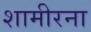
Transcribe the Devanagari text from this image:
शामीरना